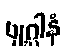
ဗျဂ္ဃါနံ